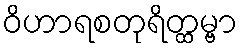
ဝိဟာရစတုရိတ္ထမ္ဗာ